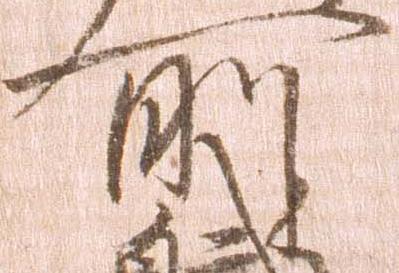
所